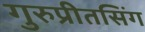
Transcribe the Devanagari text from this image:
गुरुप्रीतसिंग